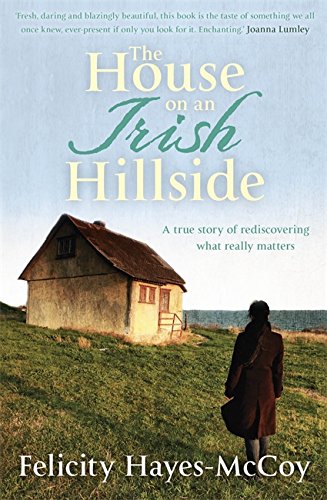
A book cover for The House on an Irish Hillside; Felicity Hayes-McCoy; Biographies & Memoirs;